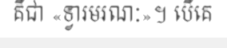
គឺជា «ទ្វារមរណៈ»។ បើគេ